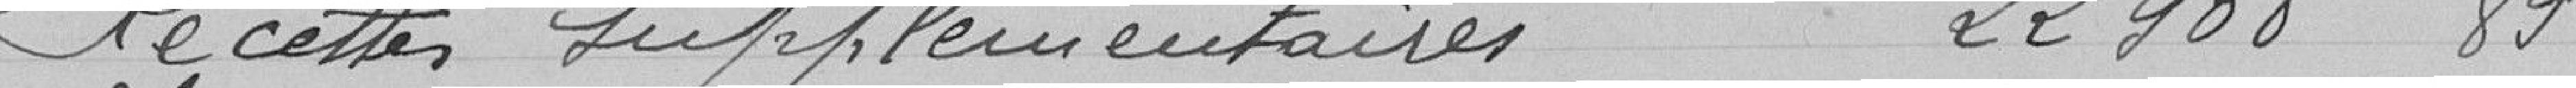
Recettes supplémentaires 22908 francs 89